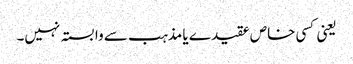
یعنی کسی خاص عقیدے یا مذہب سے وابستہ نہیں۔